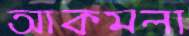
আকমলা